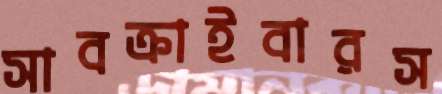
সাবক্রাইবারস